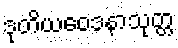
ဒုတိယဝေဒနာသုတ္တ